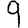
Digit: 9